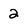
Character: 2